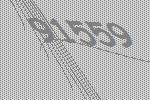
91559